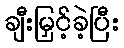
ချီးမြှင့်ခဲ့ပြီး